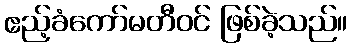
ဧည့်ခံကော်မတီဝင် ဖြစ်ခဲ့သည်။